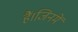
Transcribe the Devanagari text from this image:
हैं।जिनमें